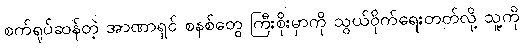
စက်ရုပ်ဆန်တဲ့ အာဏာရှင် စနစ်တွေ ကြီးစိုးမှာကို သွယ်ဝိုက်ရေးတတ်လို့ သူ့ကို